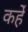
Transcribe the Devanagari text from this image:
कर्हे